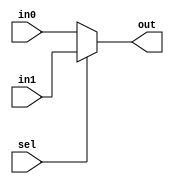
`timescale 1ns / 1ps
/*
 * Project      : University of Utah, XUM Project MIPS32 core
 * Creator(s)   : Grant Ayers (ayers@cs.utah.edu)
 *
 * Modification History:
 *   Rev   Date         Initials  Description of Change
 *   1.0   7-Jun-2011   GEA       Initial design.
 *
 * Standards/Formatting:
 *   Verilog 2001, 4 soft tab, wide column.
 *
 * Description:
 *   A 2-input Mux of variable width, defaulting to 32-bit width.
 */
module Mux2 #(parameter WIDTH = 32)(
    input  sel,
    input  [(WIDTH-1):0] in0, in1,
    output [(WIDTH-1):0] out
    );

    assign out = (sel) ? in1 : in0;

endmodule